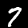
Digit: 7